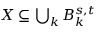
\textstyle X \subseteq \bigcup _ { k } B _ { k } ^ { s , t }